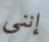
إنني